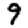
Digit: 9